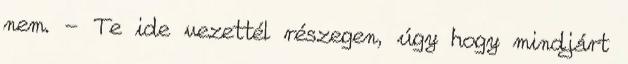
nem. - Te ide vezettél részegen, úgy hogy mindjárt